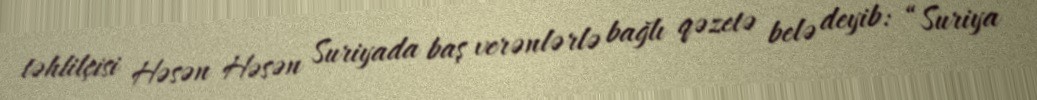
təhlilçisi Həsən Həsən Suriyada baş verənlərlə bağlı qəzetə belə deyib: “Suriya